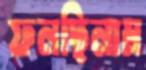
ফলছিলাম